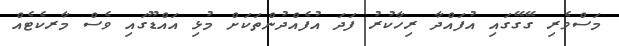
މަސްވެރި ގޭގޭގައި އުފައްދާ ރިހާކުރު ފަދަ އުފެއްދުންތަކަށް މުޅި އައްޑޫގައި ވެސް މާރކެޓެއް